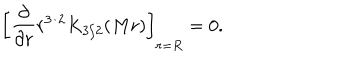
LaTeX: \left[ { \frac { \partial } { \partial r } } r ^ { 3 / 2 } K _ { 3 / 2 } ( M r ) \right] _ { r = R } = 0 .